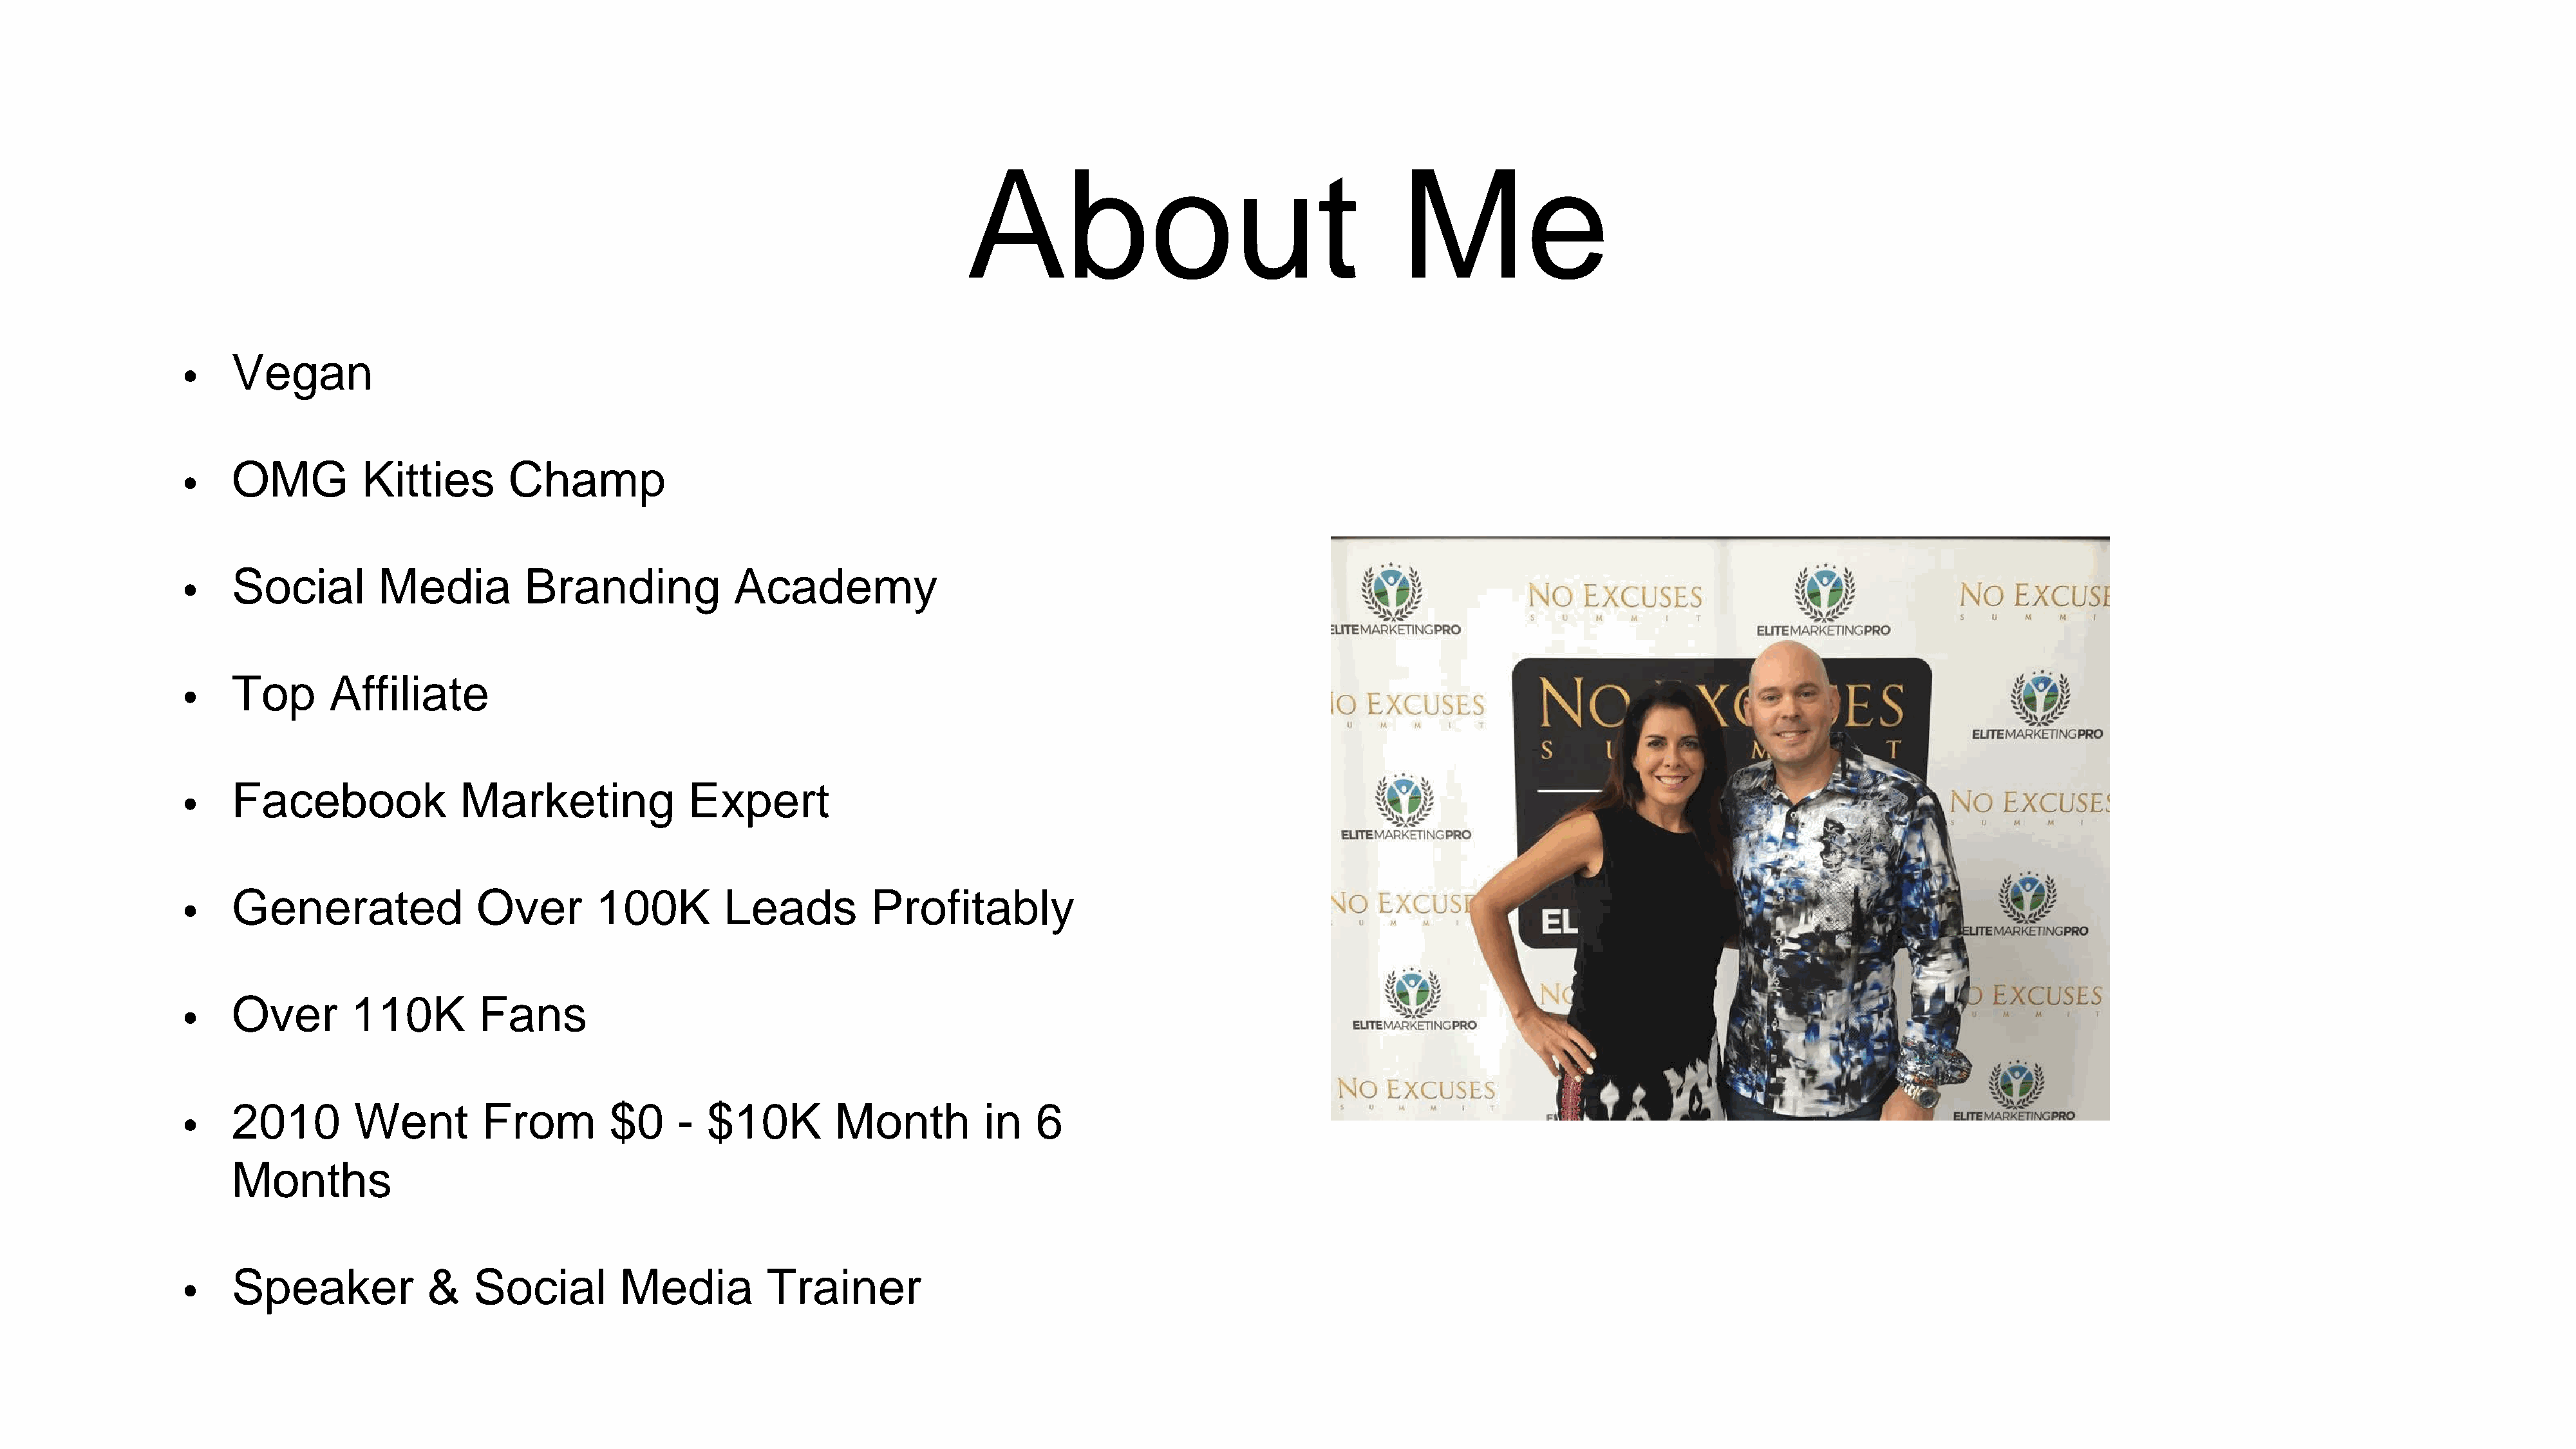
About                                        Me
 Vegan
 •
 OMG          Kitties        Champ
 •
 Social         Media          Branding             Academy
 •
 Top       Affiliate
 •
 Facebook               Marketing               Expert
 •
 Generated                Over        100K         Leads           Profitably
 •
 Over        110K         Fans
 •
 2010        Went          From         $0     -  $10K         Month          in   6
 •
 Months
 Speaker             &    Social         Media          Trainer
 •